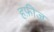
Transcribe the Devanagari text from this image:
हफ़ीज